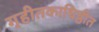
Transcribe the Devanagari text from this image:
गृहीतकाधिष्ठीत